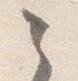
之